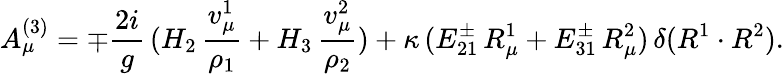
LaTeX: A_{\mu}^{(3)}=\mp{\frac{2i}{g}}\, (H_{2}\, {\frac{v_{\mu}^{1}}{\rho_{1}}}+H_{3}\, {\frac{v_{\mu}^{2}}{\rho_{2}}})+\kappa\, (E_{21}^{\pm}\, R_{\mu}^{1}+E_{31}^{\pm}\, R_{\mu}^{2})\, \delta(R^{1}\cdot R^{2}).